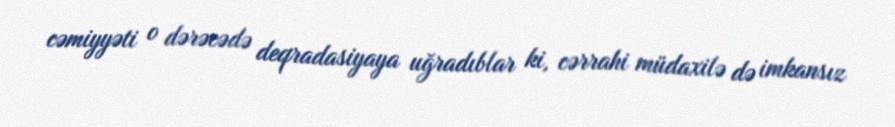
cəmiyyəti o dərəcədə deqradasiyaya uğradıblar ki, cərrahi müdaxilə də imkansız